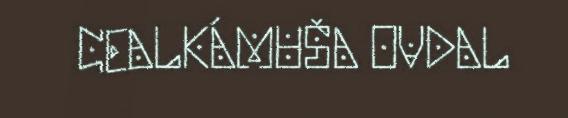
CEALKÁMUŠA OVDAL